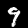
Digit: 9